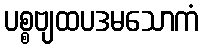
ပစ္စဗျထပဒမသောကံ